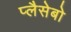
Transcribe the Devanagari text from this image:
प्लैसेबो